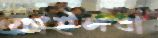
ফাইলবা